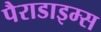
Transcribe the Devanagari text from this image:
पैराडाइम्स